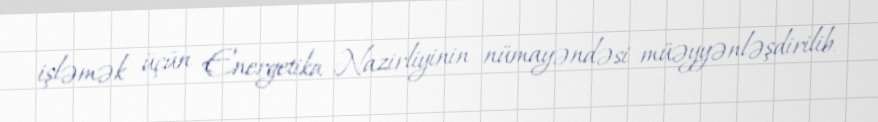
işləmək üçün Energetika Nazirliyinin nümayəndəsi müəyyənləşdirilib.